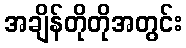
အချိန်တိုတိုအတွင်း